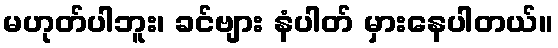
မဟုတ်ပါဘူး၊ ခင်ဗျား နံပါတ် မှားနေပါတယ်။